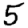
Digit: 5